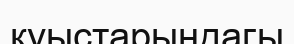
қуыстарындагы